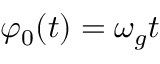
\varphi _ { 0 } ( t ) = \omega _ { g } t